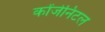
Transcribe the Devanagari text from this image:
कोंजेनिटल